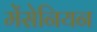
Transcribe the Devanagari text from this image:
मेंसेनियन